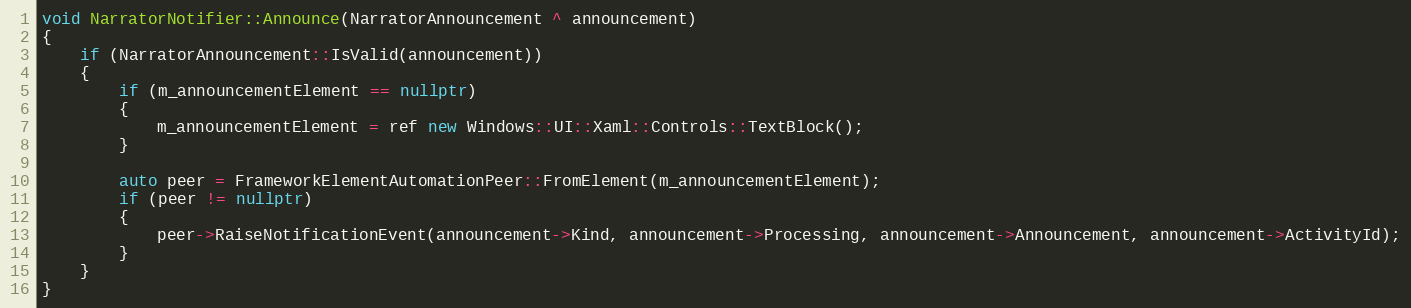
Language: C++
void NarratorNotifier::Announce(NarratorAnnouncement ^ announcement)
{
    if (NarratorAnnouncement::IsValid(announcement))
    {
        if (m_announcementElement == nullptr)
        {
            m_announcementElement = ref new Windows::UI::Xaml::Controls::TextBlock();
        }

        auto peer = FrameworkElementAutomationPeer::FromElement(m_announcementElement);
        if (peer != nullptr)
        {
            peer->RaiseNotificationEvent(announcement->Kind, announcement->Processing, announcement->Announcement, announcement->ActivityId);
        }
    }
}